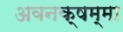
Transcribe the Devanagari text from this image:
अवनक्षम्मा